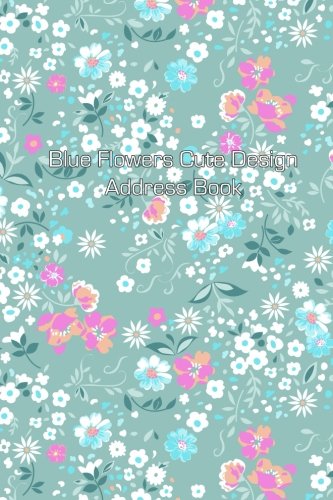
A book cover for Blue Flowers Cute Design Address Book (Address Books) (Volume 7); Jot Spot Stationary; Business & Money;